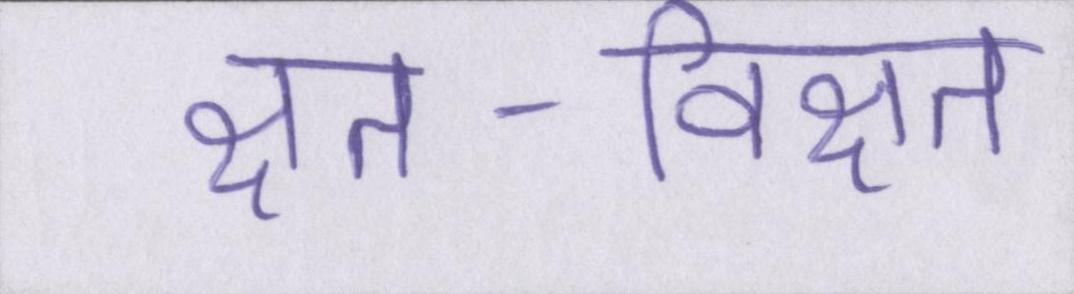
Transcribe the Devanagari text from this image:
क्षत-विक्षत